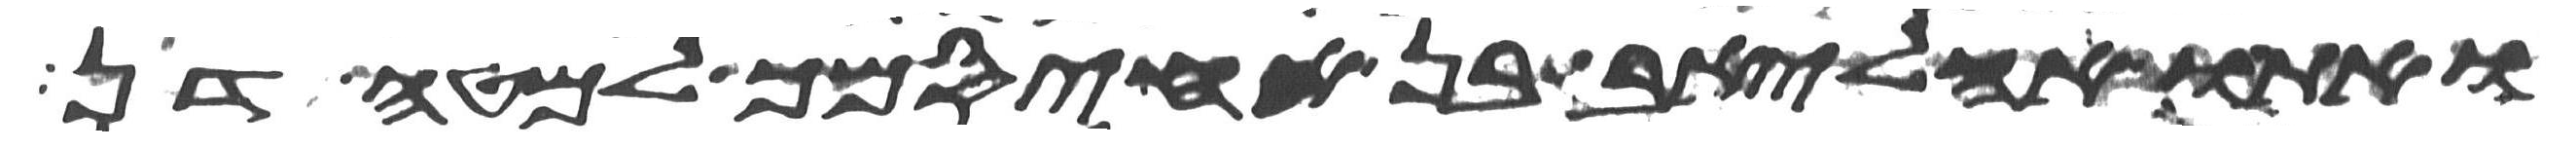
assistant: ואתו אהליאב בן אחיסמך למטה דן